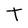
Character: t